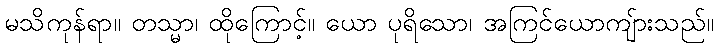
မသိကုန်ရာ။ တသ္မာ၊ ထိုကြောင့်။ ယော ပုရိသော၊ အကြင်ယောကျ်ားသည်။